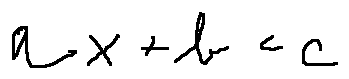
a x + b < c